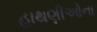
હાથણીઓના